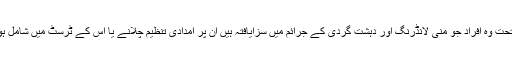
اس وقت برطانوی قانون کے تحت وہ افراد جو منی لانڈرنگ اور دہشت گردی کے جرائم میں سزایافتہ ہیں ان پر امدادی تنظیم چلانے یا اس کے ٹرسٹ میں شامل ہونے پر کوئی پابندی نہیں ہے۔